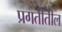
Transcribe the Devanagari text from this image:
प्रगतीतील